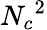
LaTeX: {{N}_{c}}^{2}